Rae_vallavalitsus, lk 40
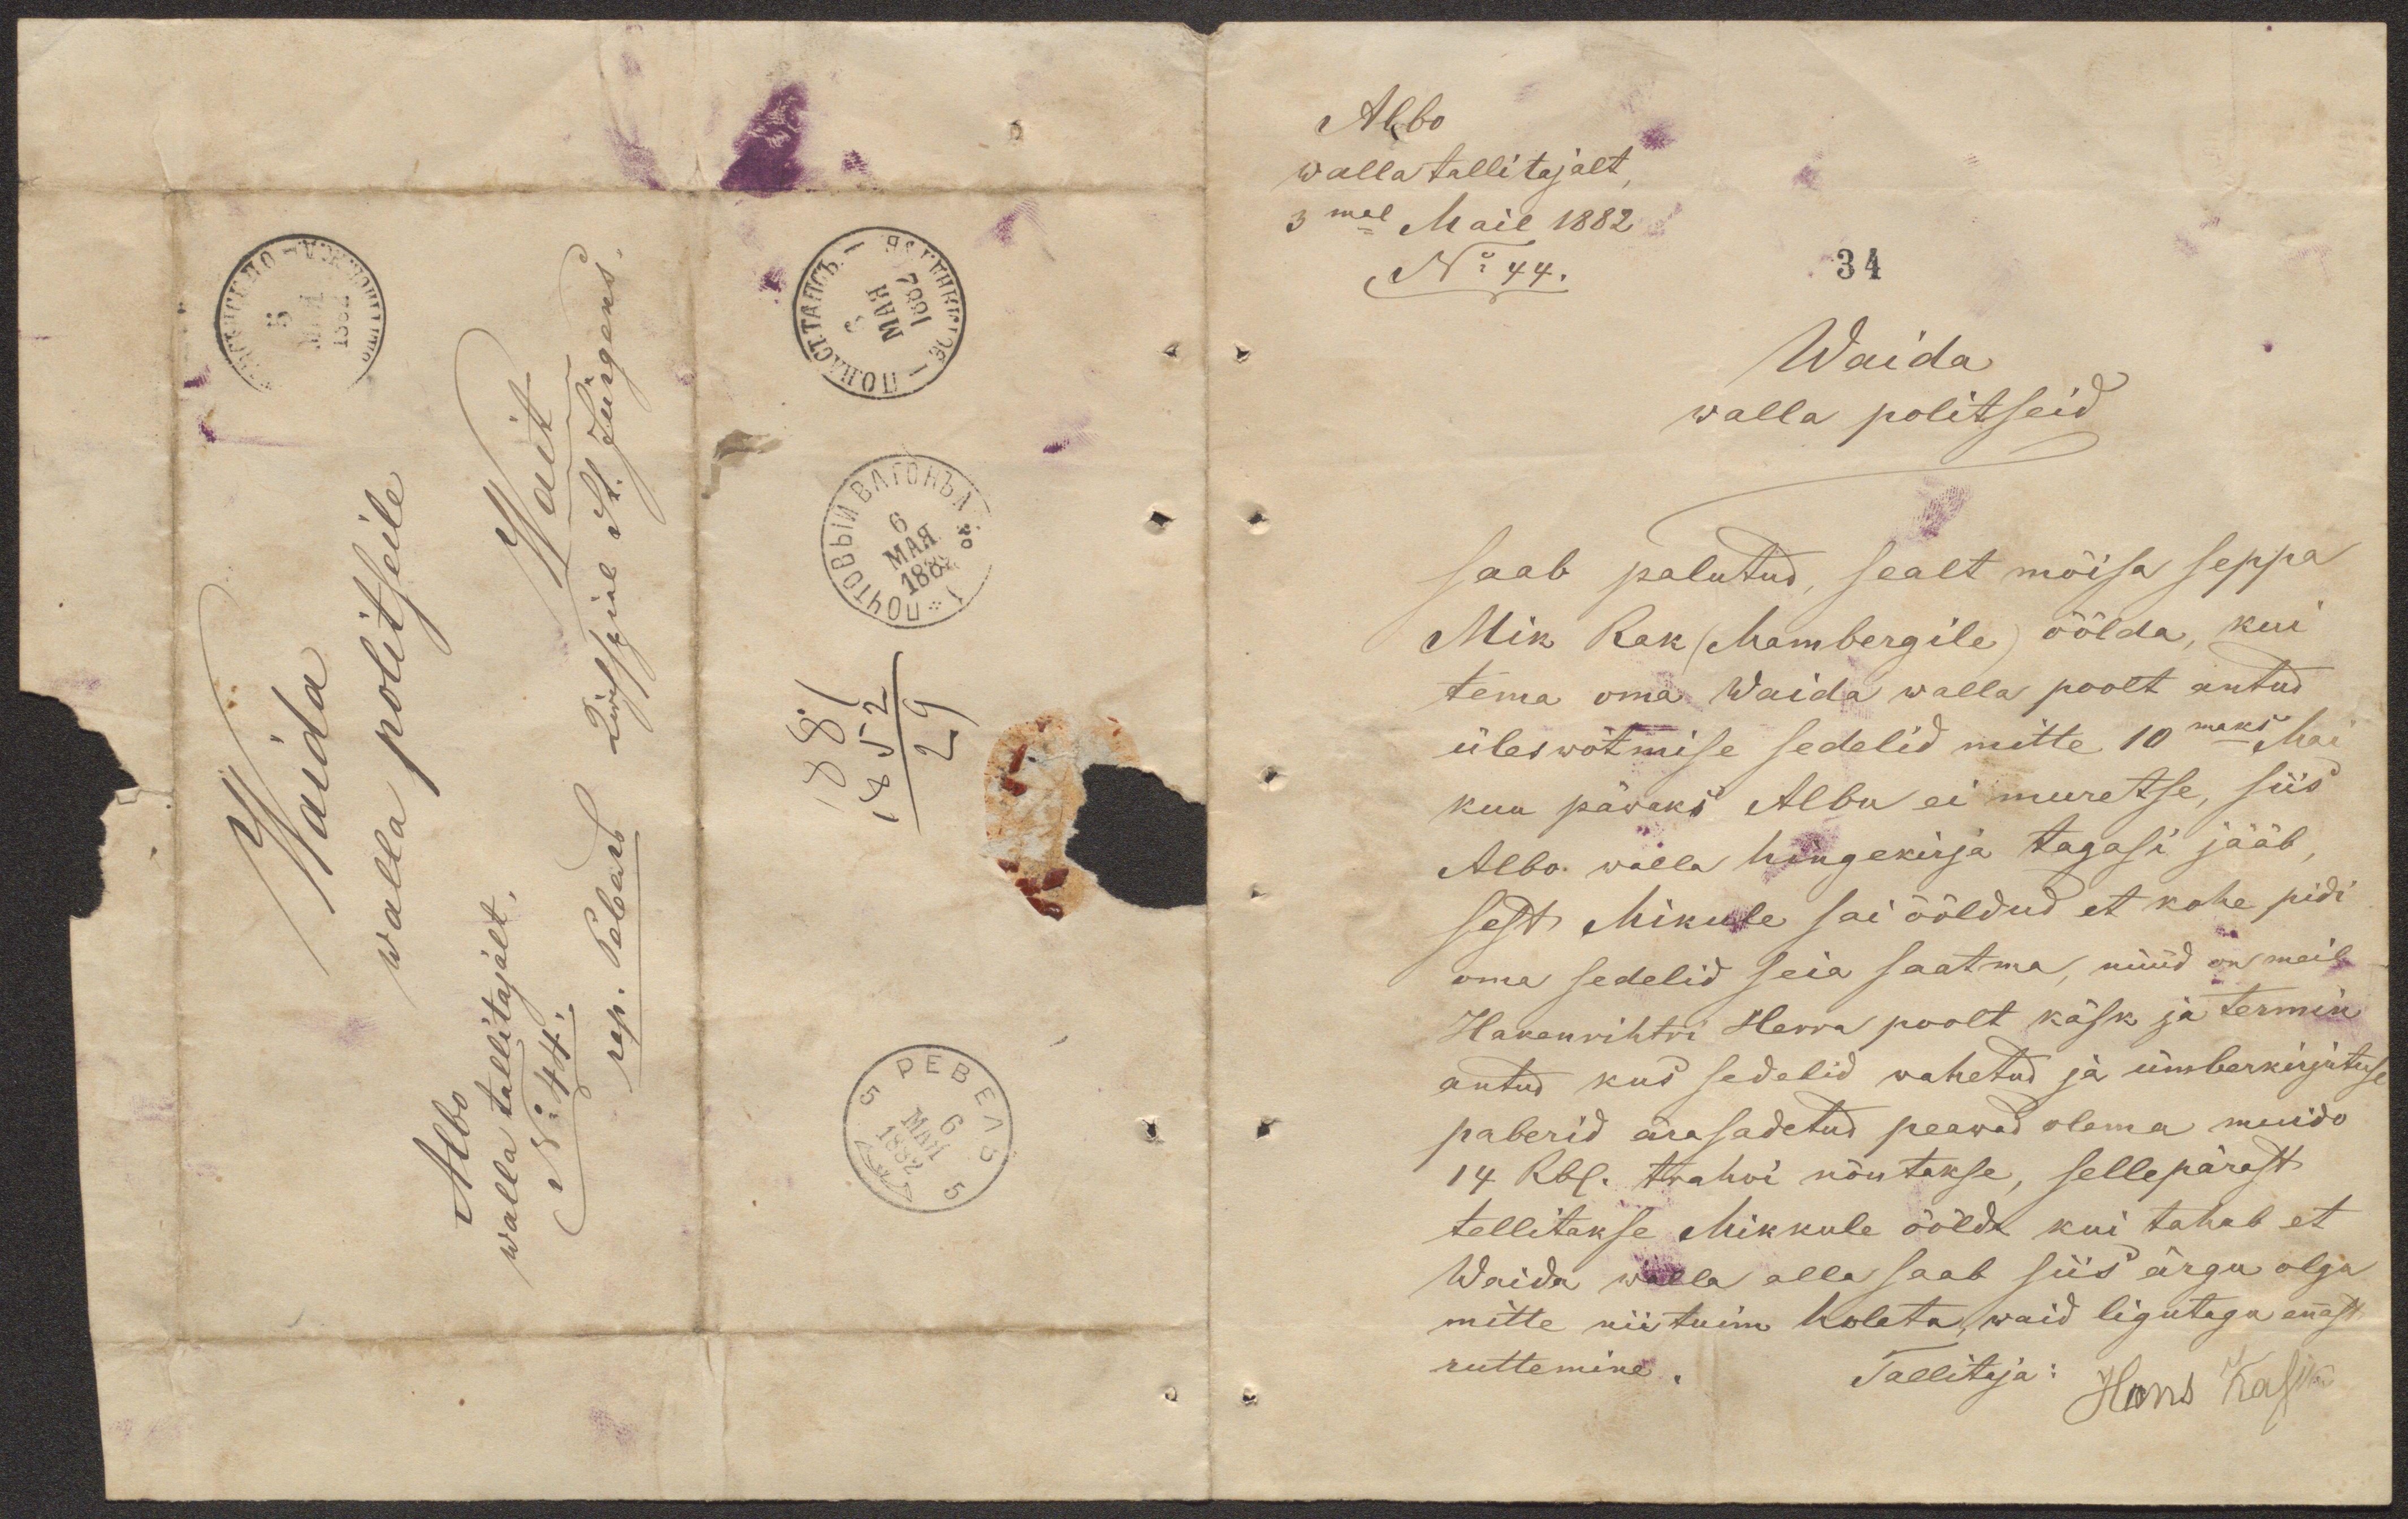
Waida
walla politseile
Albo
walla tallitajalt,
No 44.
Wait
1881
1852
29

Albo
walla tallitajalt,
3mal Mail 1882
No 44.
34
Waida
walla politseid
saab palutud, sealt mõisa seppa
Mik Rak (Mambergile) öölda, kui
tema oma Waida walla poolt antud
üleswõtmise sedelid mitte 10maks Mai
kuu päwaks Albu ei muretse, siis
Albo walla hingekirja tagasi jääb,
sest Mikule sai ööldud et kohe pidi
oma sedelid seia saatma, nüüd on meil
Hakenrihtri Herra poolt käsk ja termin
antud kus sedelid wahetud ja ümberkirjutuse
paberid ärasadetud peawad olema muido
14 Rbl. trahwi nõutakse, sellepärast
tellitakse Mikkule öölda kui tahab et
Waida walla alla saab siis ärgu olgu
mitte nii tuim holeta, waid ligutagu ennast
ruttemine.
Tallitaja:
Hans Kasik